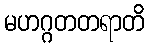
မဟဂ္ဂတတရာတိ